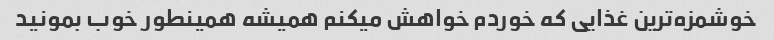
خوشمزه‌ترین غذایی که خوردم خواهش میکنم همیشه همینطور خوب بمونید